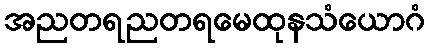
အညတရညတရမေထုနသံယောဂံ